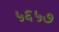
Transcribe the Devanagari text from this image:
५६५७